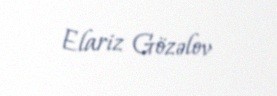
Elariz Gözəlov